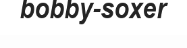
bobby-soxer